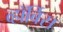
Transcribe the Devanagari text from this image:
व्हॉर्बिस